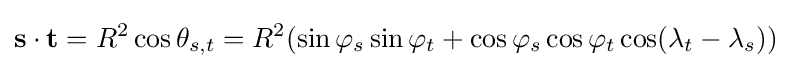
\mathbf {s} \cdot \mathbf {t} =R^{2}\cos \theta _{s,t}=R^{2}(\sin \varphi _{s}\sin \varphi _{t}+\cos \varphi _{s}\cos \varphi _{t}\cos(\lambda _{t}-\lambda _{s}))